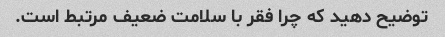
توضیح دهید که چرا فقر با سلامت ضعیف مرتبط است.